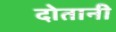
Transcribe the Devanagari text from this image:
दोतानी